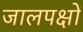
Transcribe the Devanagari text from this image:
जालपक्षों